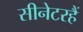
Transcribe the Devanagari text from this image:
सीनेटरहैं